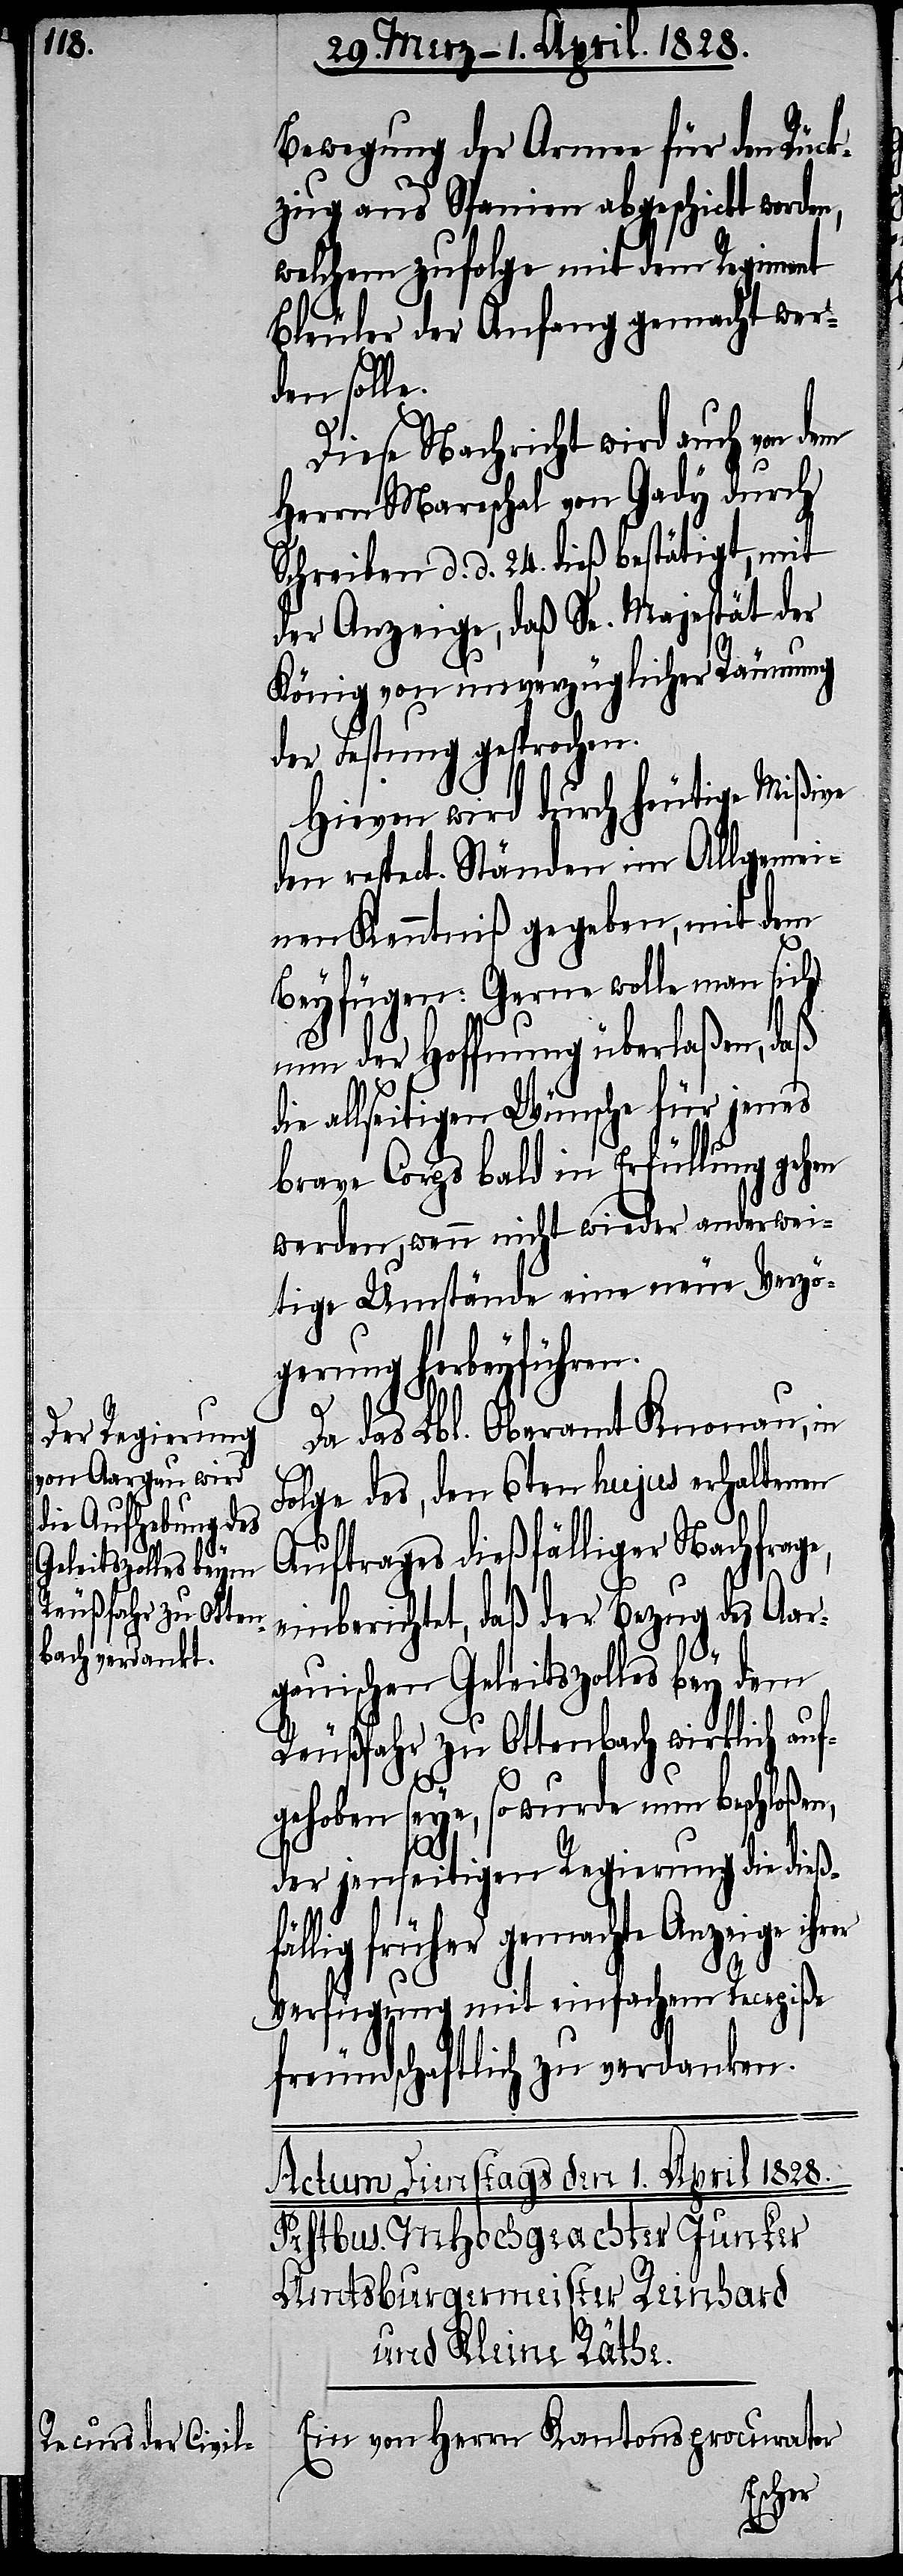
bereits der Befe¬

Bewegung der Armee für den Rück¬
zug aus Spanien abgeschickt worden,
welchem zufolge mit dem Regiment
Bleuler der Anfang gemacht wer¬
den solle.
Diese Nachricht wird auch von dem
Herrn Mareschal von Gady durch
Schreiben d. d. 24. dieß bestätigt, mit
der Anzeige, daß Se. Majestät der
König von unverzüglicher Räumung
der Festung gesprochen.
Hievon wird durch heutige Mißive
den respect. Ständen im Allgemei¬
nen Kenntniß gegeben, mit dem
Beyfügen: Gerne wolle man sich
nun der Hoffnung überlaßen, daß
die allseitigen Wünsche für jenes
brave Corps bald in Erfüllung gehen
werden, wenn nicht wieder anderwei¬
tige Umstände eine neue Verzö¬
gerung herbeyführen.
Da das Lbl. Oberamt Knonau, in
Folge des, den 6ten hujus erhaltenen
Auftrages dießfälliger Nachfrag¬
einberichtet, daß der Bezug des Aar¬
gauischen Geleitszolles bey dem
Reußfahr zu Ottenbach wirklich auf¬
e,
gehoben seye, so wurde nun beschloßen,
der jenseitigen Regierung die dießf¬
ällig früher gemachte Anzeige
Verfügung mit einfachem Recepiße
freundschaftlich zu verdanken.
Ein von Herrn Kantonsprocurator